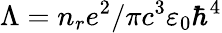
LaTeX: \Lambda=n_{r}e^{2}/\pi c^{3}\varepsilon_{0}\hbar^{4}